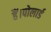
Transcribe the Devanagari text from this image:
हैं।पोलार्ड